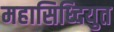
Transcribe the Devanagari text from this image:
महासिध्दियुत